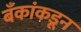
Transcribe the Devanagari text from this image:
बँकांकडून